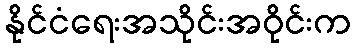
နိုင်ငံရေးအသိုင်းအဝိုင်းက